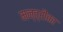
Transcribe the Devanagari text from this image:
मन्त्रौंका